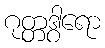
ဂုတ္တဒွါရော